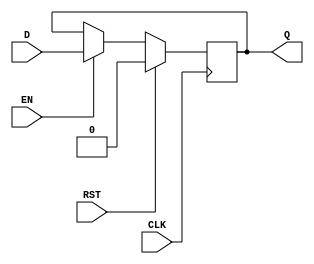
/******************************************************************************
*                                                                             *
*                               Core-A Processor                              *
*                                                                             *
* 				   REGISTERS                                  *
*                                                                             *
*******************************************************************************
*                                                                             *
*  Copyright (c) 2008 by Integrated Computer Systems Lab. (ICSL), KAIST       *
*                                                                             *
*  All rights reserved.                                                       *
*                                                                             *
*  Do Not duplicate without prior written consent of ICSL, KAIST.             *
*                                                                             *
*                                                                             *
*                                                  Designed By Ji-Hoon Kim    *
*                                                             Duk-Hyun You    *
*                                                             Ki-Seok Kwon    *
*                                                              Eun-Joo Bae    *
*                                                              Won-Hee Son    *
*                                                                             *
*                                              Supervised By In-Cheol Park    *
*                                                                             *
*                                                                             *
*******************************************************************************/


module REG	#(parameter	BITWIDTH = 1) (
	input	wire						CLK,
	input	wire						RST,
	input	wire						EN,
	input	wire	[BITWIDTH-1 : 0]	D,
	output	reg		[BITWIDTH-1 : 0]	Q
);

	always @ (posedge CLK)
	begin 
		if (RST)		Q <= 0; 
		else if (EN)	Q <= D;
	end

endmodule

// NEGATIVE LEVEL-SENSITIVE LATCH (NO RST, NO WE)
module LatchN #(parameter	BITWIDTH = 1) (
	input	wire				CLK, 
	input	wire	[BITWIDTH-1 : 0]	D, 
	output	reg	[BITWIDTH-1 : 0]	Q 
);


	always @ (CLK or D)
	begin 
		if (~CLK) Q <= D;
	end

endmodule

module	LatchN_gate(
	input	wire	CLK,
	input	wire	D,
	output	wire	Q
);

	wire	tempD;
	wire	tempE;
	wire	Qbar;

	assign	tempD	= ~(D&(~CLK));
	assign	tempE	= ~(tempD&(~CLK));
	assign	Q	= ~(tempD&Qbar);
	assign	Qbar	= ~(tempE&Q);

endmodule

// NEGATIVE EDGE-TRIGGERED FLIPFLOP (NO RST, NO WE)
module SyncRegN #(parameter	BITWIDTH = 1) (
	input	wire						CLK, 
	input	wire	[BITWIDTH-1 : 0]	D, 
	output	reg		[BITWIDTH-1 : 0]	Q 
);

	always @ (negedge CLK)
	begin 
		Q <= D;
	end

endmodule

// POSITIVE EDGE-TRIGGERED FLIPFLOP (SET, NO WE)
module PipeRegS #(parameter  BITWIDTH = 1) (
	input   wire                        CLK,
	input   wire                        SET,
	input	wire						EN,
	input   wire    [BITWIDTH-1 : 0]    D,
	output  reg     [BITWIDTH-1 : 0]    Q
);

	always @ (posedge CLK)
	begin   
		if (SET)		Q <= {BITWIDTH{1'b1}}; 
		else if (EN)	Q <= D; 
	end

endmodule

// POSITIVE EDGE-TRIGGERED FLIPFLOP (RST, WE)
module PipeReg #(parameter	BITWIDTH = 1) (
	input	wire						CLK,
	input	wire						RST,
	input	wire						EN,
	input	wire	[BITWIDTH-1 : 0]	D,
	output	reg		[BITWIDTH-1 : 0]	Q
);

	always @ (posedge CLK)
	begin 
		if (RST)		Q <= {BITWIDTH{1'b0}}; 
		else if (EN)	Q <= D;
	end

endmodule